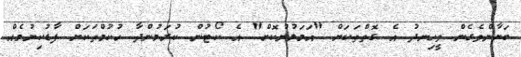
ބަޔާންވެގެން ވީހިނދު އެ ގޮތްތަކަށް "އަމަލުނުކޮށް" އެ ކޯޓުން ކުރަމުންދާ ހުކުމްތަކަށް ފާޑުކިޔުމެއް